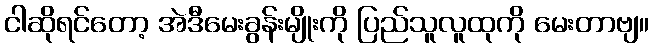
ငါဆိုရင်တော့ အဲဒီမေးခွန်းမျိုးကို ပြည်သူလူထုကို မေးတာဗျ။